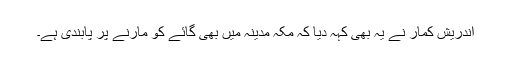
اندریش کمار نے یہ بھی کہہ دیا کہ مکہ مدینہ میں بھی گائے کو مارنے پر پابندی ہے۔